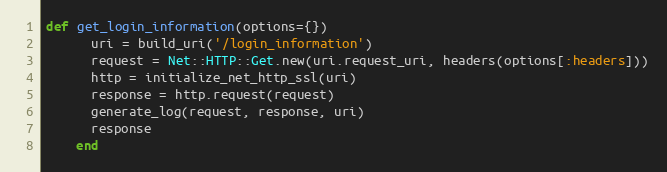
Language: Ruby
def get_login_information(options={})
      uri = build_uri('/login_information')
      request = Net::HTTP::Get.new(uri.request_uri, headers(options[:headers]))
      http = initialize_net_http_ssl(uri)
      response = http.request(request)
      generate_log(request, response, uri)
      response
    end